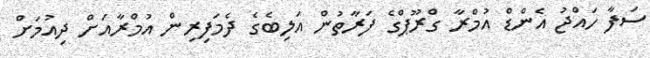
ސަފާ ހައްޖު އެންޑް އުމްރާ ގްރޫޕްގެ ފަރާތުން އަލިބެގެ ދެމަފިރިން އުމްރާއަށް ދިއުމަށް